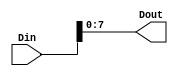
module RAT_xlslice_0_1_1
   (Din,
    Dout);
  input [9:0]Din;
  output [7:0]Dout;
  wire [9:0]Din;
  assign Dout[7:0] = Din[7:0];
endmodule